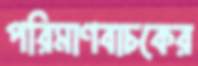
পরিমাণবাচকের